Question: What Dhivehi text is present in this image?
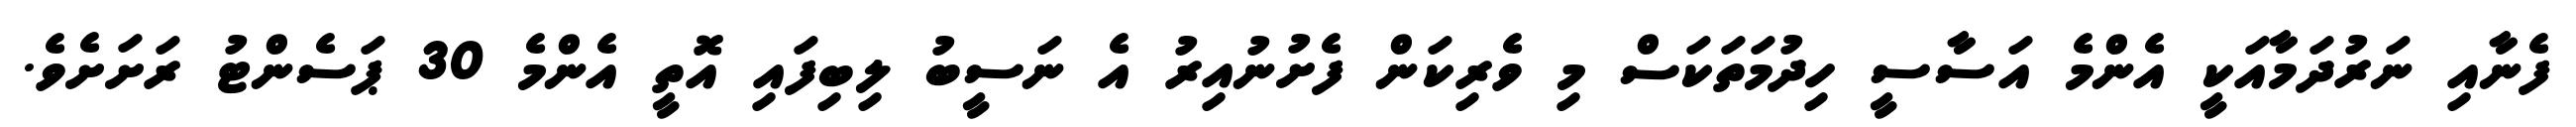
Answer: ފެނާއި ނަރުދަމާއަކީ އެންމެ އަސާސީ ހިދުމަތަކަސް މި ވެރިކަން ފެށުނުއިރު އެ ނަސީބު ލިބިފައި އޮތީ އެންމެ 30 ޕަސެންޓު ރަށަށެވެ.